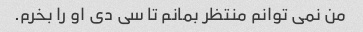
من نمی توانم منتظر بمانم تا سی دی او را بخرم.